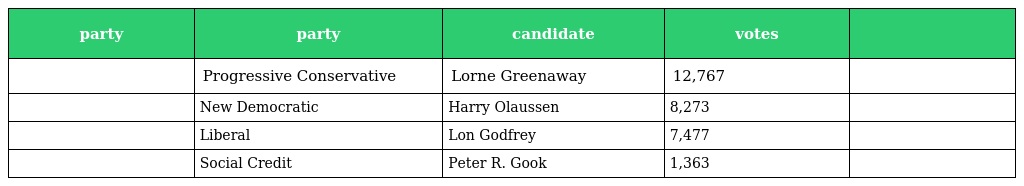
| party | party | candidate | votes |  |
 | --- | --- | --- | --- | --- |
 |  | Progressive Conservative | Lorne Greenaway | 12,767 |  |
 |  | New Democratic | Harry Olaussen | 8,273 |  |
 |  | Liberal | Lon Godfrey | 7,477 |  |
 |  | Social Credit | Peter R. Gook | 1,363 |  |